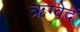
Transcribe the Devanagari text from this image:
ऋग्वेदं